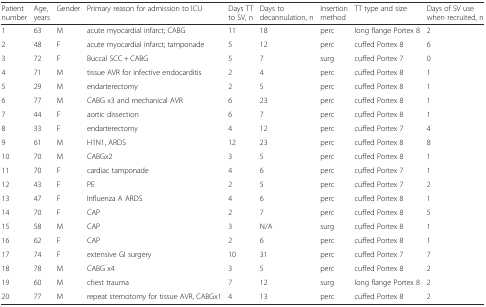
<table><thead><tr><td><b>Patient number</b></td><td><b>Age, years</b></td><td><b>Gender</b></td><td><b>Primary reason for admission to ICU</b></td><td><b>Days TT to SV, n</b></td><td><b>Days to decannulation, n</b></td><td><b>Insertion method</b></td><td><b>TT type and size</b></td><td><b>Days of SV use when recruited, n</b></td></tr></thead><tbody><tr><td>1</td><td>63</td><td>M</td><td>acute myocardial infarct; CABG</td><td>11</td><td>18</td><td>perc</td><td>long flange Portex 8</td><td>2</td></tr><tr><td>2</td><td>48</td><td>F</td><td>acute myocardial infarct; tamponade</td><td>5</td><td>12</td><td>perc</td><td>cuffed Portex 8</td><td>6</td></tr><tr><td>3</td><td>72</td><td>F</td><td>Buccal SCC + CABG</td><td>5</td><td>7</td><td>surg</td><td>cuffed Portex 7</td><td>0</td></tr><tr><td>4</td><td>71</td><td>M</td><td>tissue AVR for infective endocarditis</td><td>2</td><td>4</td><td>perc</td><td>cuffed Portex 8</td><td>1</td></tr><tr><td>5</td><td>29</td><td>M</td><td>endarterectomy</td><td>2</td><td>5</td><td>perc</td><td>cuffed Portex 8</td><td>1</td></tr><tr><td>6</td><td>77</td><td>M</td><td>CABG x3 and mechanical AVR</td><td>6</td><td>23</td><td>perc</td><td>cuffed Portex 8</td><td>1</td></tr><tr><td>7</td><td>44</td><td>F</td><td>aortic dissection</td><td>6</td><td>7</td><td>perc</td><td>cuffed Portex 8</td><td>1</td></tr><tr><td>8</td><td>33</td><td>F</td><td>endarterectomy</td><td>4</td><td>12</td><td>perc</td><td>cuffed Portex 7</td><td>4</td></tr><tr><td>9</td><td>61</td><td>M</td><td>H1N1, ARDS</td><td>12</td><td>23</td><td>perc</td><td>cuffed Portex 8</td><td>8</td></tr><tr><td>10</td><td>70</td><td>M</td><td>CABGx2</td><td>3</td><td>5</td><td>perc</td><td>cuffed Portex 8</td><td>1</td></tr><tr><td>11</td><td>70</td><td>F</td><td>cardiac tamponade</td><td>4</td><td>6</td><td>perc</td><td>cuffed Portex 7</td><td>1</td></tr><tr><td>12</td><td>43</td><td>F</td><td>PE</td><td>2</td><td>5</td><td>perc</td><td>cuffed Portex 7</td><td>2</td></tr><tr><td>13</td><td>47</td><td>F</td><td>Influenza A ARDS</td><td>4</td><td>6</td><td>perc</td><td>cuffed Portex 8</td><td>1</td></tr><tr><td>14</td><td>70</td><td>F</td><td>CAP</td><td>2</td><td>7</td><td>perc</td><td>cuffed Portex 8</td><td>5</td></tr><tr><td>15</td><td>58</td><td>M</td><td>CAP</td><td>3</td><td>N/A</td><td>surg</td><td>cuffed Portex 8</td><td>1</td></tr><tr><td>16</td><td>62</td><td>F</td><td>CAP</td><td>2</td><td>6</td><td>perc</td><td>cuffed Portex 8</td><td>1</td></tr><tr><td>17</td><td>74</td><td>F</td><td>extensive GI surgery</td><td>10</td><td>31</td><td>perc</td><td>cuffed Portex 7</td><td>7</td></tr><tr><td>18</td><td>78</td><td>M</td><td>CABG x4</td><td>3</td><td>5</td><td>perc</td><td>cuffed Portex 8</td><td>2</td></tr><tr><td>19</td><td>60</td><td>M</td><td>chest trauma</td><td>7</td><td>12</td><td>surg</td><td>long flange Portex 8</td><td>2</td></tr><tr><td>20</td><td>77</td><td>M</td><td>repeat sternotomy for tissue AVR, CABGx1</td><td>4</td><td>13</td><td>perc</td><td>cuffed Portex 8</td><td>2</td></tr></tbody></table>